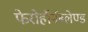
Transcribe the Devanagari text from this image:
फेरोहॉर्नब्लेण्ड